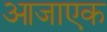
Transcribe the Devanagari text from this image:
आजाएक